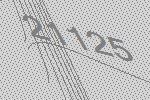
21125